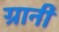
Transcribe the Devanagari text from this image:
ग्रानी